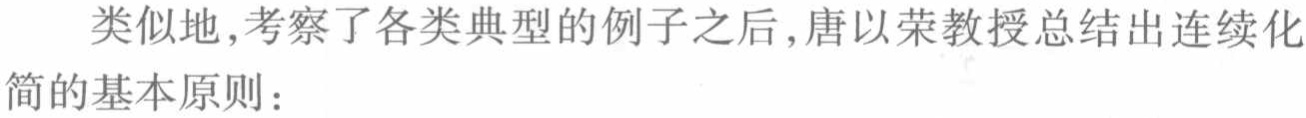
类似地,考察了各类典型的例子之后,唐以荣教授总结出连续化简的基本原则：